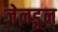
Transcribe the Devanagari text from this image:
जेनडून